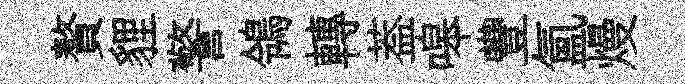
贅貍警鴒轉葢嗥豐氲熳